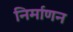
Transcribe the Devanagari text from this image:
निर्माणन